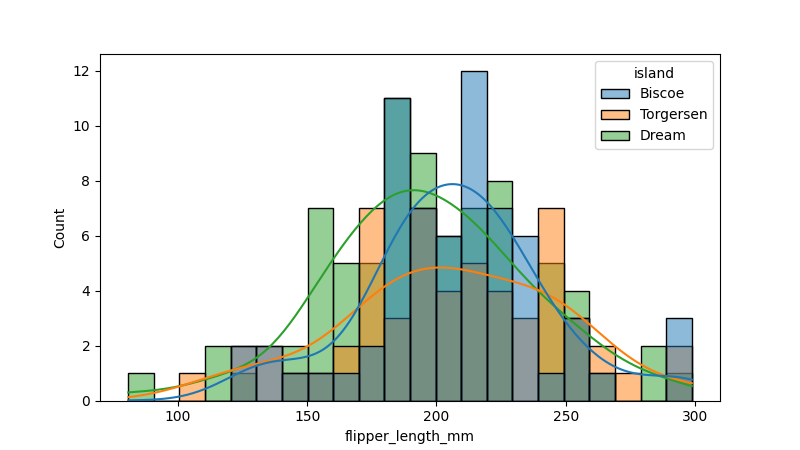
python, seaborn, histplot, hue='island', binwidth=10, bins='20', element='bars'